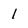
Character: 1